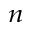
_ { n }